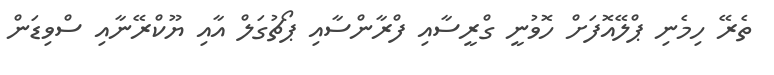
ތެރޭ ހިމެނި ޕްލޭއޮފަށް ހޮވުނީ ގްރީސާއި ފްރާންސާއި ޕޯޗުގަލް އާއި ޔޫކްރޭނާއި ސްވިޑަން